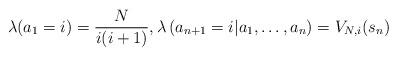
LaTeX: \begin{align*}\lambda(a_1=i) = \frac{N}{i(i+1)}, \lambda\left(a_{n+1}=i |a_1,\ldots, a_n \right) = V_{N,i}(s_n) \end{align*}